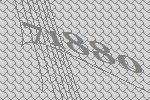
71880